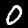
Label: 0